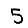
Digit: 5